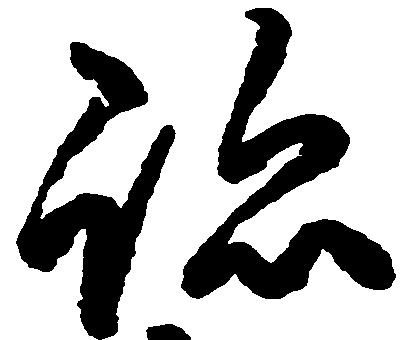
跡